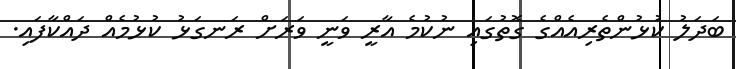
ބަދަލު ކުޅުންތެރިއެއްގެ ގޮތުގައި ނުކުމެ އާރީ ވަނީ ވަރަށް ރަނގަޅު ކުޅުމެއް ދައްކާފައި.